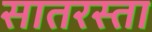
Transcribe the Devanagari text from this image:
सातरस्ता